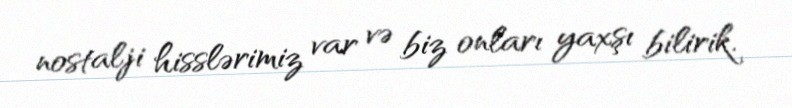
nostalji hisslərimiz var və biz onları yaxşı bilirik.